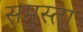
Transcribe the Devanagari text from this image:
समस्ता